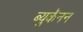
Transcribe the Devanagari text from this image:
ब्युकॅनन